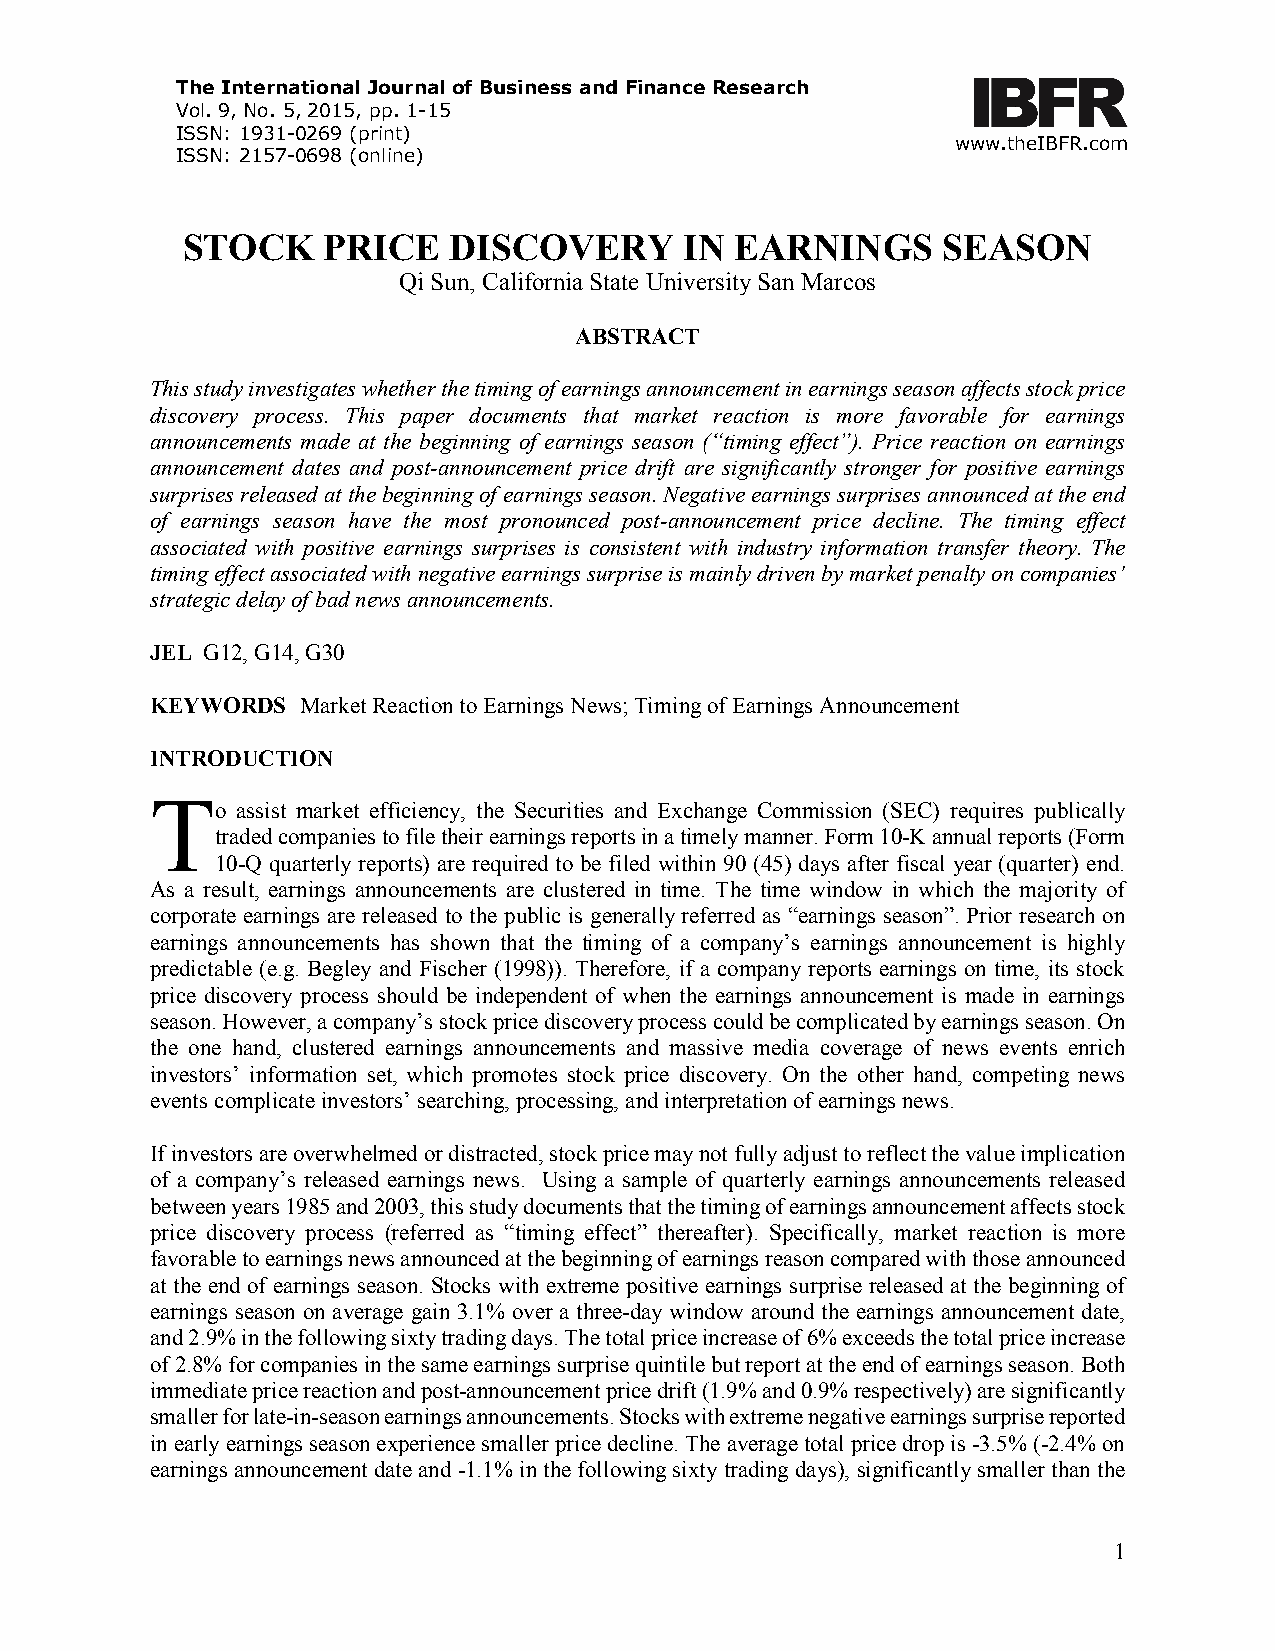
The International Journal of Business and Finance Research
 Vol. 9, No. 5, 2015, pp. 1-15
 ISSN: 1931-0269 (print)
 www.theIBFR.com
 ISSN: 2157-0698 (online)
 STOCK    PRICE    DISCOVERY      IN  EARNINGS     SEASON
 Qi Sun, California State University San Marcos
 ABSTRACT
 This study investigates whether the timing of earnings announcement in earnings season affects stock price
 discovery process. This paper documents that market reaction is more favorable for earnings
 announcements made at the beginning of earnings season (“timing effect”). Price reaction on earnings
 announcement dates and post-announcement price drift are significantly stronger for positive earnings
 surprises released at the beginning of earnings season. Negative earnings surprises announced at the end
 of earnings season have the most pronounced post-announcement price decline. The timing effect
 associated with positive earnings surprises is consistent with industry information transfer theory. The
 timing effect associated with negative earnings surprise is mainly driven by market penalty on companies’
 strategic delay of bad news announcements.
 JEL G12, G14, G30
 KEYWORDS  Market Reaction to Earnings News; Timing of Earnings Announcement
 INTRODUCTION
 To    assist market efficiency, the Securities and Exchange Commission (SEC) requires publically
 traded companies to file their earnings reports in a timely manner. Form 10-K annual reports (Form
 10-Q quarterly reports) are required to be filed within 90 (45) days after fiscal year (quarter) end.
 As a result, earnings announcements are clustered in time. The time window in which the majority of
 corporate earnings are released to the public is generally referred as “earnings season”. Prior research on
 earnings announcements has shown that the timing of a company’s earnings announcement is highly
 predictable (e.g. Begley and Fischer (1998)). Therefore, if a company reports earnings on time, its stock
 price discovery process should be independent of when the earnings announcement is made in earnings
 season. However, a company’s stock price discovery process could be complicated by earnings season. On
 the one hand, clustered earnings announcements and massive media coverage of news events enrich
 investors’ information set, which promotes stock price discovery. On the other hand, competing news
 events complicate investors’ searching, processing, and interpretation of earnings news.
 If investors are overwhelmed or distracted, stock price may not fully adjust to reflect the value implication
 of a company’s released earnings news. Using a sample of quarterly earnings announcements released
 between years 1985 and 2003, this study documents that the timing of earnings announcement affects stock
 price discovery process (referred as “timing effect” thereafter). Specifically, market reaction is more
 favorable to earnings news announced at the beginning of earnings reason compared with those announced
 at the end of earnings season. Stocks with extreme positive earnings surprise released at the beginning of
 earnings season on average gain 3.1% over a three-day window around the earnings announcement date,
 and 2.9% in the following sixty trading days. The total price increase of 6% exceeds the total price increase
 of 2.8% for companies in the same earnings surprise quintile but report at the end of earnings season. Both
 immediate price reaction and post-announcement price drift (1.9% and 0.9% respectively) are significantly
 smaller for late-in-season earnings announcements. Stocks with extreme negative earnings surprise reported
 in early earnings season experience smaller price decline. The average total price drop is -3.5% (-2.4% on
 earnings announcement date and -1.1% in the following sixty trading days), significantly smaller than the
 1